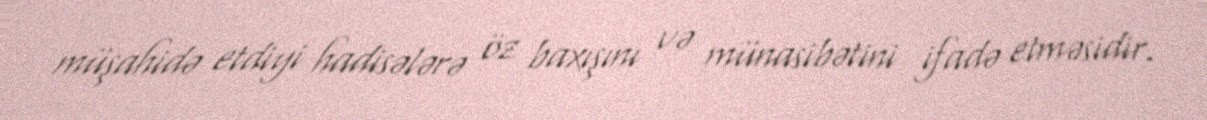
müşahidə etdiyi hadisələrə öz baxışını və münasibətini ifadə etməsidir.